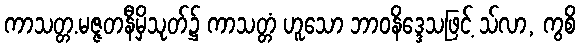
ကာသတ္တ.မဇ္ဇတနီမှိသုတ်၌ ကာသတ္တံ ဟူသော ဘာဝနိဒ္ဒေသဖြင့် သ်လာ, ကွစိ